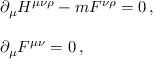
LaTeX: \begin{array} { r c l } { { } } & { { } } & { { \partial _ { \mu } H ^ { \mu \nu \rho } - m F ^ { \nu \rho } = 0 \, , } } \\ { { } } & { { } } & { { } } \\ { { } } & { { } } & { { \partial _ { \mu } F ^ { \mu \nu } = 0 \, , } } \end{array}